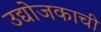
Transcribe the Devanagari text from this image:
उद्योजकाची